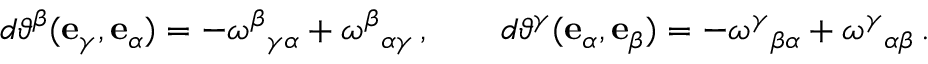
d \vartheta ^ { \beta } ( \mathbf { e } _ { \gamma } , \mathbf { e } _ { \alpha } ) = - \omega ^ { \beta } { } _ { \gamma \alpha } + \omega ^ { \beta } { } _ { \alpha \gamma } \, , \qquad d \vartheta ^ { \gamma } ( \mathbf { e } _ { \alpha } , \mathbf { e } _ { \beta } ) = - \omega ^ { \gamma } { } _ { \beta \alpha } + \omega ^ { \gamma } { } _ { \alpha \beta } \, .